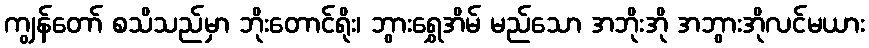
ကျွန်တော် စသိသည်မှာ ဘိုးတောင်ရိုး၊ ဘွားရွှေအိမ် မည်သော အဘိုးအို အဘွားအိုလင်မယား